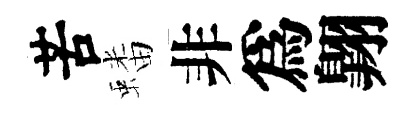
苦蟠非爲翺